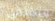
وتختفي